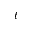
t